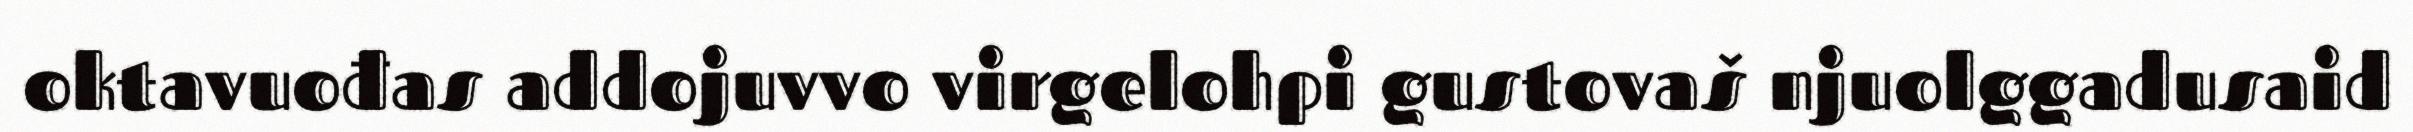
oktavuođas addojuvvo virgelohpi gustovaš njuolggadusaid